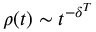
\rho ( t ) \sim t ^ { - \delta ^ { T } }